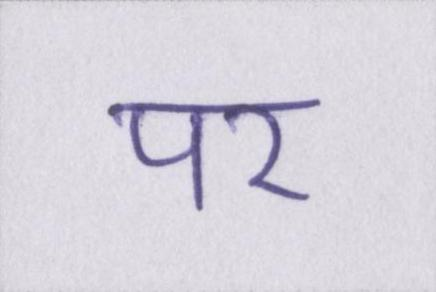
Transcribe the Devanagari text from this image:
पर